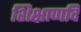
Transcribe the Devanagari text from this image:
शिक्षाणदि